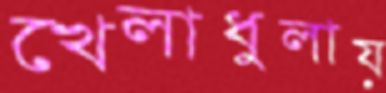
খেলাধুলায়